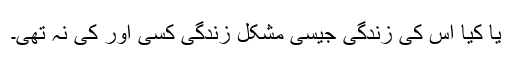
یا کیا اس کی زندگی جیسی مشکل زندگی کسی اور کی نہ تھی۔